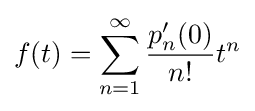
f(t)=\sum _{n=1}^{\infty }{p_{n}'(0) \over n!}t^{n}